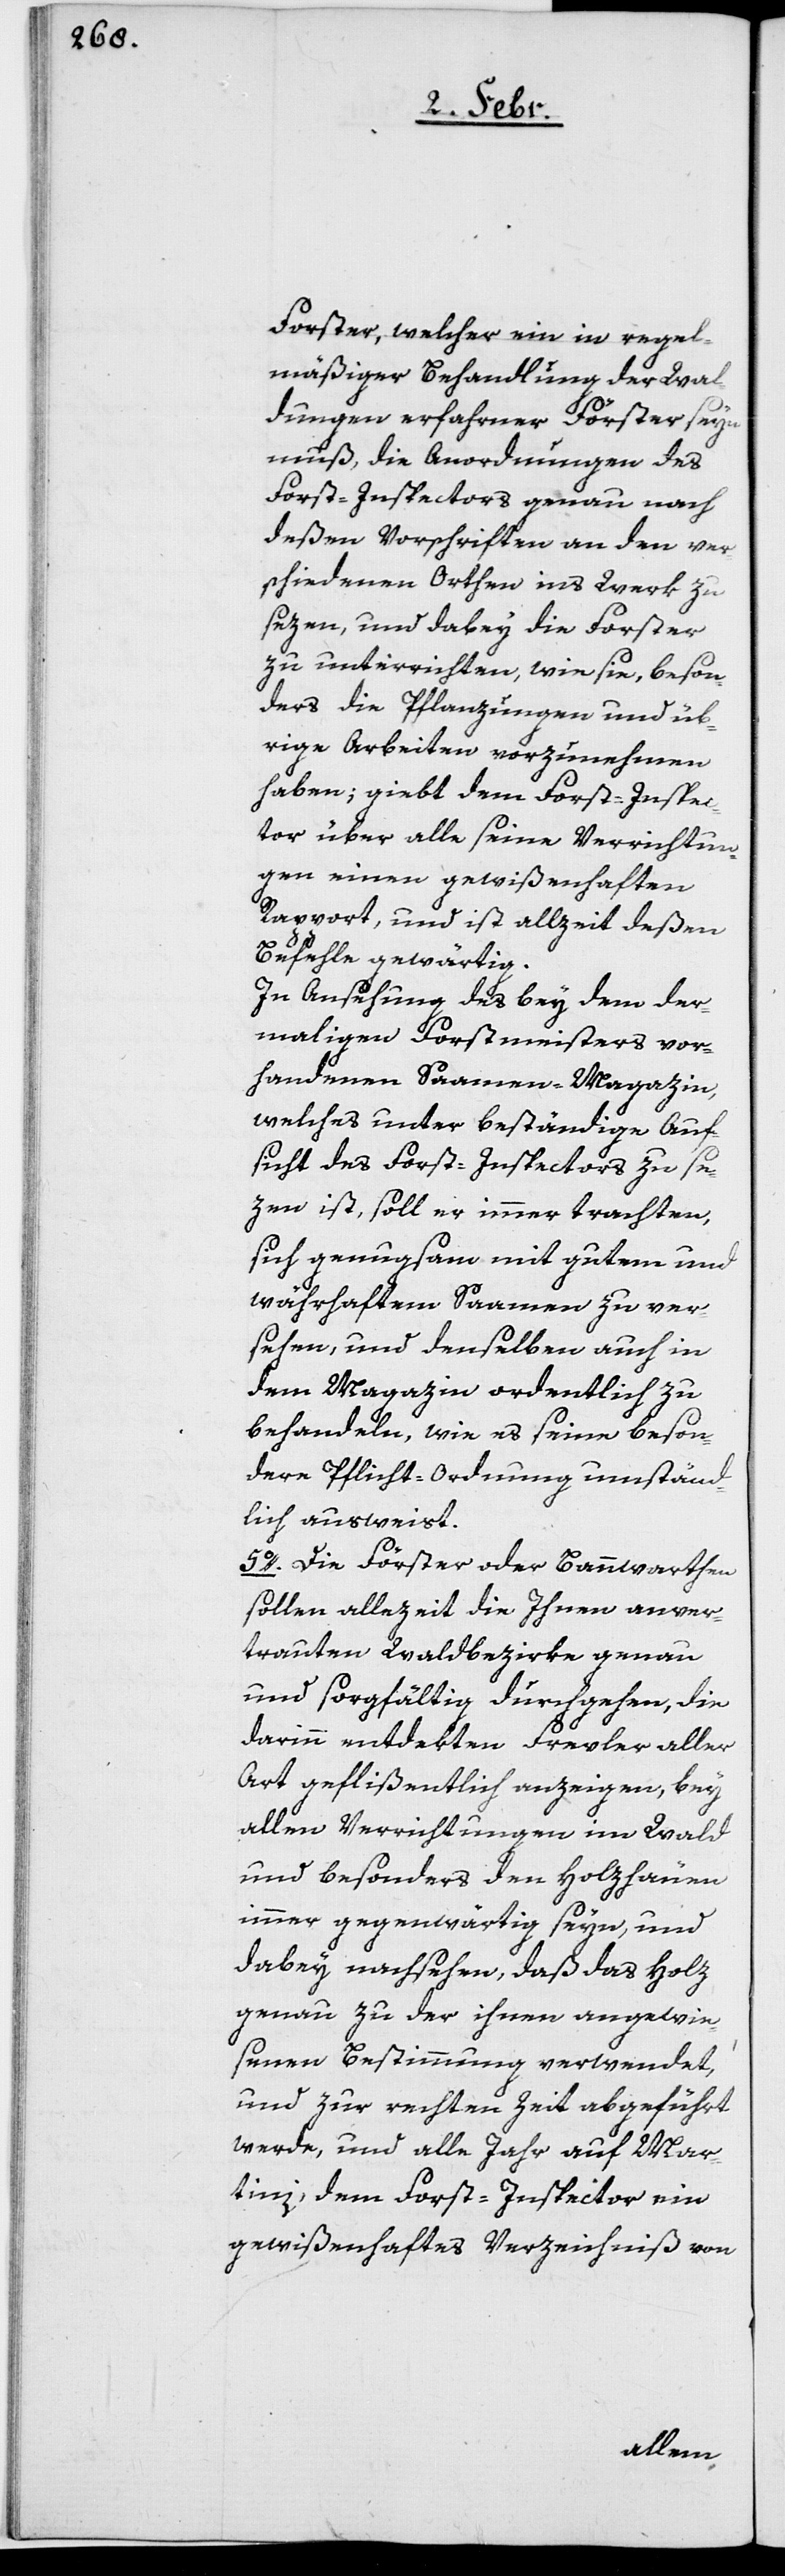
Forster, welcher ein in regel¬
mäßiger Behandlung der Wal¬
dungen erfahrner Förster seyn
muß, die Anordnungen des
Forst-Inspectors genau nach
deßen Vorschriften an den ver¬
schiedenen Orthen ins Werk zu
sezen, und dabey die Forster
zu unterrichten, wie sie, beson¬
ders die Pflanzungen und üb¬
rige Arbeiten, vorzunehmen
haben; giebt dem Forst-Inspec¬
tor über alle seine Verrichtun¬
gen einen gewißenhaften
Rapport, und ist allzeit deßen
Befehle gewärtig.
In Ansehung des bey dem der¬
maligen Forstmeisters vor¬
handenen Saamen-Magazin,
welches unter beständige Auf¬
sicht des Forst-Inspectors zu se¬
zen ist, soll er immer trachten,
sich genugsam mit gutem und
währhaftem Saamen zu ver¬
sehen, und denselben auch in
dem Magazin ordentlich zu
behandeln, wie es seine beson¬
dere Pflicht-Ordnung umständ¬
lich ausweist.
5o. Die Förster oder Bannwarthen
sollen allezeit die Ihnen anver¬
trauten Waldbezirke genau
und sorgfältig durchgehen, die
darinn entdekten Frevler aller
Art geflißentlich anzeigen, bey
allen Verrichtungen im Wald
und besonders den Holzhäuen
immer gegenwärtig seyn, und
dabey nachsehen, daß das Holz
genau zu der ihnen angewie¬
senen Bestimmung verwendet,
und zur rechten Zeit abgeführt
werde, und alle Jahr auf Mar¬
tini, dem Forst-Inspector ein
gewißenhaftes Verzeichniß von